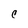
Character: C